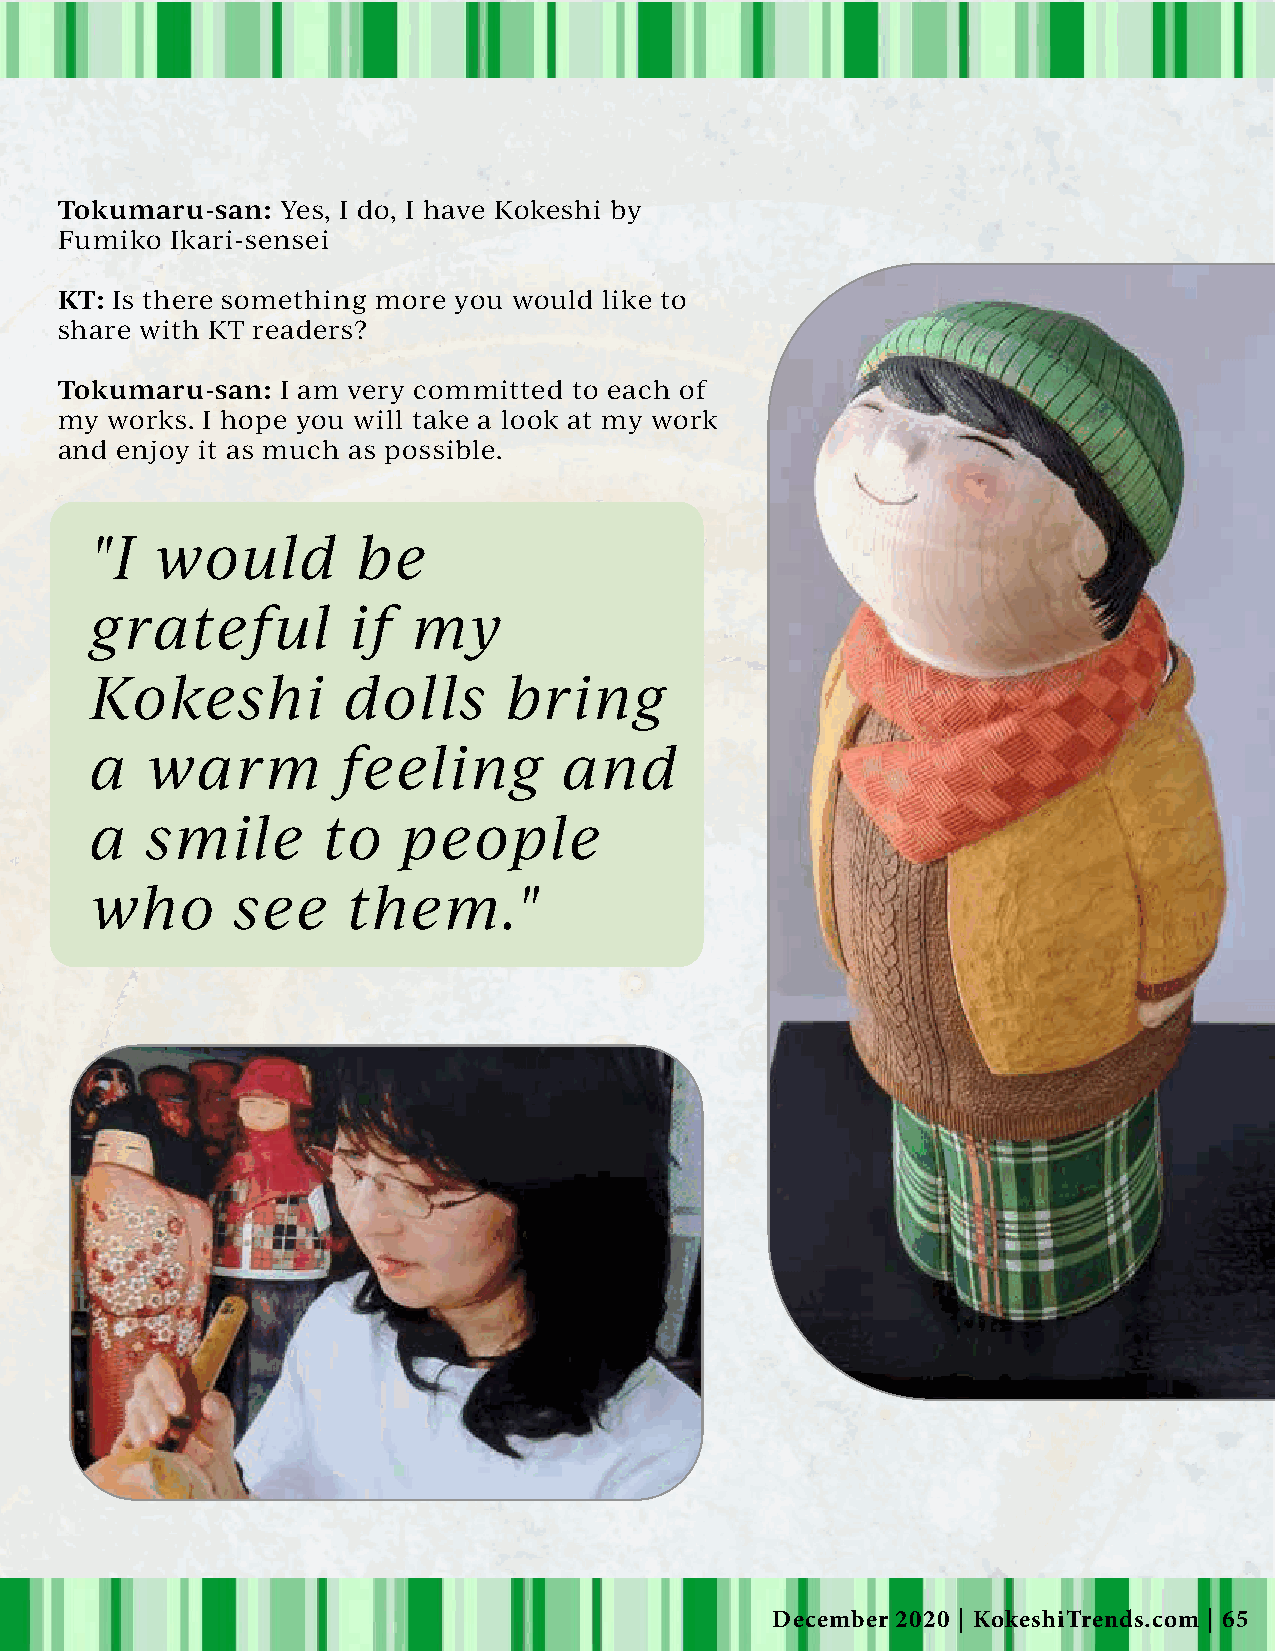
Tokumaru-san: Yes, I do, I have Kokeshi by
 Fumiko Ikari-sensei
 KT: Is there something more you would like to
 share with KT readers?
 Tokumaru-san: I am very committed to each of
 my works. I hope you will take a look at my work
 and enjoy it as much as possible.
 "I  would         be
 grateful         if  my
 Kokeshi          dolls     bring
 a   warm         feeling       and
 a   smile      to    people
 who      see     them."
 December 2020 | KokeshiTrends.com | 65